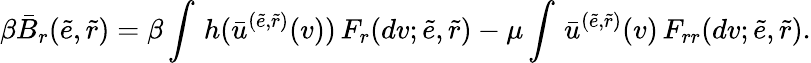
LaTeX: \beta\bar{B}_{r}(\tilde{e},\tilde{r})=\beta\int\, h(\bar{u}^{(\tilde{e},\tilde{r})}(v))\, F_{r}(dv;\tilde{e},\tilde{r})-\mu\int\, \bar{u}^{(\tilde{e},\tilde{r})}(v)\, F_{rr}(dv;\tilde{e},\tilde{r}).